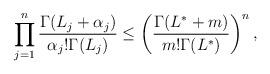
LaTeX: \begin{align*} \prod_{j=1}^n \frac{\Gamma(L_j+\alpha_j)}{\alpha_j! \Gamma(L_j)}\leq \left(\frac{\Gamma(L^*+m)}{m! \Gamma(L^*)}\right)^n,\end{align*}